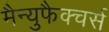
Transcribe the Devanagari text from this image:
मैन्युफैक्चर्स